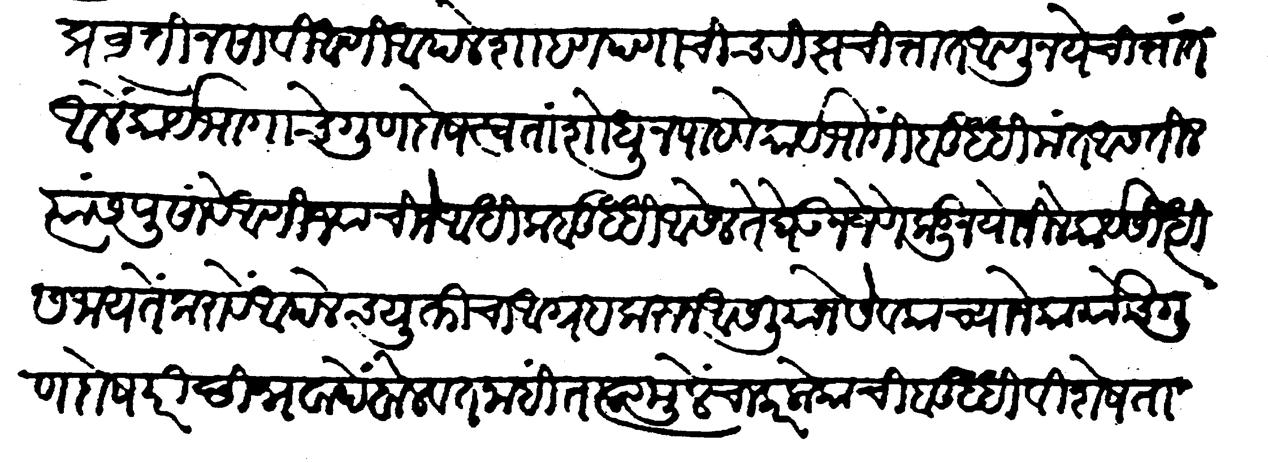
Transliteration (Devanagari): प्रवृत्ति नसावी आणि आपले शहाणपणाचीच रीझ चित्तांत आणूं नये चित्तात आले कार्यभागाचे गुणदोष स्वतः शोधून पहावे कार्यभागीं बुद्धिमंत आसतील त्यास पुसावे आणि ज्याची जे अधिक बुद्धि आसेल ते घेऊन जेणेकडून योजिलें कार्य सिधीस जाय तें करावें आपलेच युक्तीचा आग्रह करुन आसलीयाने सेवकांच्याने कार्याचे गुण दोष परिछिन्नवादें बोलवत नाहींत त्यामुळें चाकर लोकांची बुद्धी विशेषता